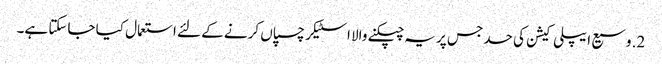
2. وسیع ایپلی کیشن کی حد جس پر یہ چپکنے والا اسٹیکر چسپاں کرنے کے لئے استعمال کیا جاسکتا ہے۔